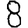
Digit: 8